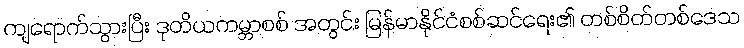
ကျရောက်သွားပြီး ဒုတိယကမ္ဘာစစ် အတွင်း မြန်မာနိုင်ငံစစ်ဆင်ရေး၏ တစ်စိတ်တစ်ဒေသ